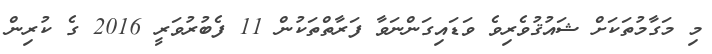
މި މަގާމުތަކަށް ޝައުޤުވެރިވެ ވަޑައިގަންނަވާ ފަރާތްތަކުން 11 ފެބުރުވަރީ 2016 ގެ ކުރިން